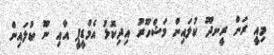
މިއީ ރަން ރީނދޫ ކުލައިން މަޝްހޫރު އިދިކޮޅު އެމްޑީޕީ އާއި ނޫ ކުލައިން